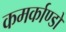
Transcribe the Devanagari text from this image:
कमर्काण्डों